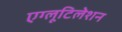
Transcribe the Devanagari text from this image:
एग्लूटिलेशन